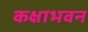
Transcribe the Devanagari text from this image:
कक्षाभवन